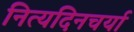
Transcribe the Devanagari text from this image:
नित्यदिनचर्या